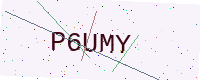
Text: P6UMY